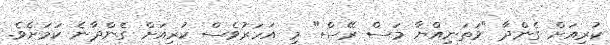
ކުރިއަށް ގެންދާ "ވަތަނިއްޔާ މަސް ރޭސް" މި އަހަރުވެސް ކުރިއަށް ގެންދާނެ ކަމަށެވެ.